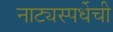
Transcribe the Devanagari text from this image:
नाट्यस्पर्धेची